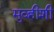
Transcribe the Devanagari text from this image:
मुव्हीशी